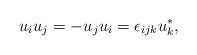
LaTeX: \begin{align*}u_{i} u_{j} = - u_{j} u_{i} = \epsilon_{ijk} u_{k}^{*}, \end{align*}